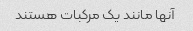
آنها مانند یک مرکبات هستند